Civil Veterinary Dept. Assam report 1911-1927 - 1911-1927
Year: 1911
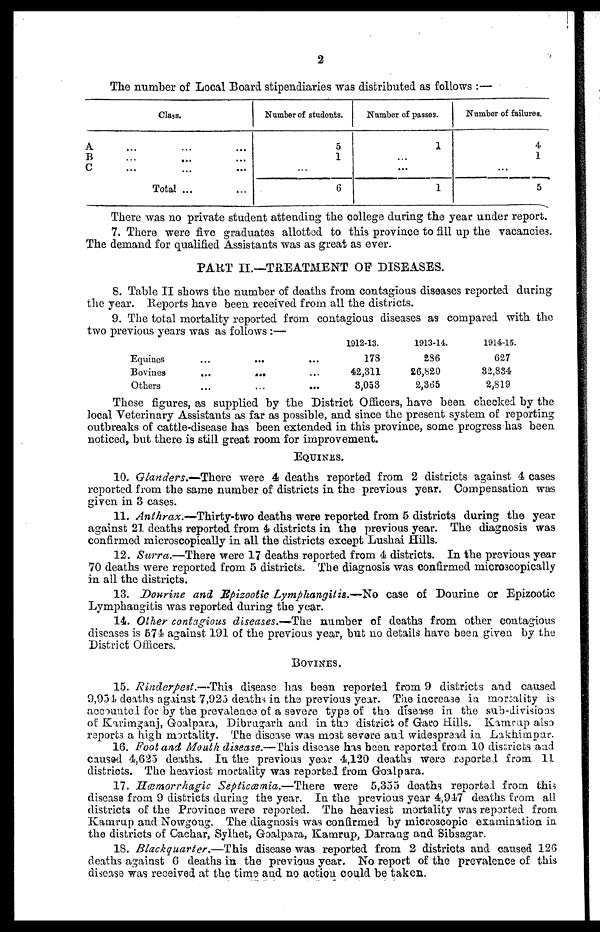
2
The number of Local Board stipendiaries was distributed as follows :—
Class.
A ... ... ...
B
...
...
...
C
...
...
...
Total ...
...
Number of students.
5
1
...
6
Number of passes.
1
...
...
1
Number of failures.
4
1
...
5
There was no private student attending the college during the year under report.
7. There were five graduates allotted to this province to fill up the vacancies.
The demand for qualified Assistants was as great as ever.
PART II.—TREATMENT OF DISEASES.
8. Table II shows the number of deaths from contagious diseases reported during
the year. Reports have been received from all the districts.
9. The total mortality reported from contagious diseases as compared with the
two previous years was as follows:—
Equines
Bovines
Others
...
...
...
...
...
...
...
...
...
1912-13.
178
42,311
3,053
1913-14.
236
26,820
2.365
1914-15.
627
32,834
2,819
These figures, as supplied by the District Officers, have been checked by the
local Veterinary Assistants as far as possible, and since the present system of reporting
outbreaks of cattle-disease has been extended in this province, some progress has been
noticed, but there is still great room for improvement.
EQUINES.
10. Glanders.—There were 4 deaths reported from 2 districts against 4 cases
reported from the same number of districts in the previous year. Compensation was
given in 3 cases.
11. Anthrax.—Thirty-two deaths were reported from 5 districts during the year
against 21 deaths reported from 4 districts in the previous year. The diagnosis was
confirmed microscopically in all the districts except Lushai Hills.
12. Surra.—There were 17 deaths reported from 4 districts. In the previous year
70 deaths were reported from 5 districts. The diagnosis was confirmed microscopically
in all the districts.
13. Dourine and Epizootic Lymphangitis.—No case of Dourine or Epizootic
Lymphangitis was reported during the year.
14. Other contagious diseases.—The number of deaths from other contagious
diseases is 674 against 191 of the previous year, but no details have been given by the
District Officers.
BOVINES.
15. Rinderpest.—-This disease has been reported from 9 districts and caused
9,934 deaths against 7,923 deaths in the previous year. The increase in mortality is
accounted for by the prevalonce of a severe type of the disease in the sub-divisions
of Karimganj, Goalpara, Dibrugarh and in the district of Garo Hills. Kamrup also
reports a high mortality. The disease was most severe and widespread in Lakhimpur.
16. Foot and Mouth disease.—This disease has been reported from 10 districts and
caused 4,625 deaths. In the previous year 4,120 deaths were reported from 11
districts. The heaviest mortality was reported from Goalpara.
17. Hæmorrhagic Septiæmia.—There
were 5,355 deaths reported from this
disease from 9 districts during the year. In the previous year 4,947 deaths from all
districts of the Province were reported. The heaviest mortality was reported from
Kamrup and Nowgong. The diagnosis was confirmed by microscopic examination in
the districts of Cachar, Sylhet, Goalpara, Kamrup, Darrang and Sibsagar.
18. Blackquarter.—This disease was reported from 2 districts and caused 126
deaths against 6 deaths in the previous year. No report of the prevalence of this
disease was received at the time and no action could be taken.